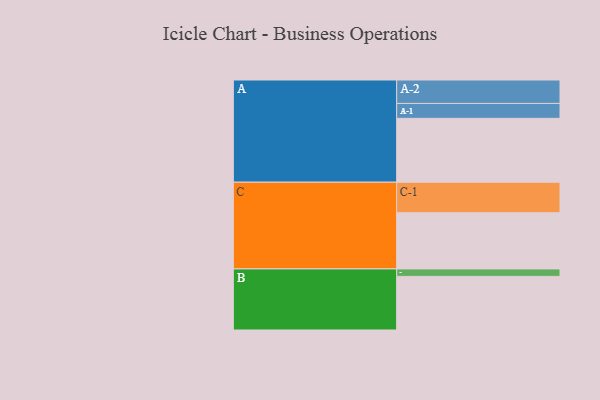
{"axis": {"x": "Segment", "y": "Value"}, "legend": ["", "A", "B", "C"], "data": [{"x": "A", "y": 548, "type": ""}, {"x": "B", "y": 460, "type": ""}, {"x": "C", "y": 482, "type": ""}, {"x": "A-1", "y": 128, "type": "A"}, {"x": "A-2", "y": 201, "type": "A"}, {"x": "B-1", "y": 64, "type": "B"}, {"x": "C-1", "y": 262, "type": "C"}]}